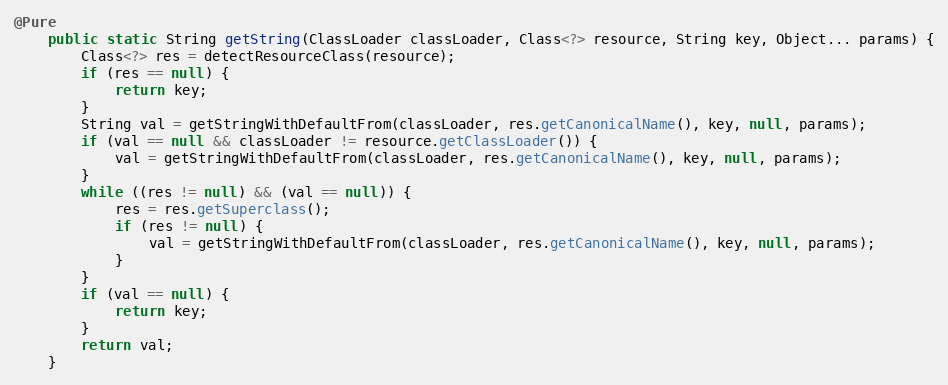
Language: Java
@Pure
	public static String getString(ClassLoader classLoader, Class<?> resource, String key, Object... params) {
		Class<?> res = detectResourceClass(resource);
		if (res == null) {
			return key;
		}
		String val = getStringWithDefaultFrom(classLoader, res.getCanonicalName(), key, null, params);
		if (val == null && classLoader != resource.getClassLoader()) {
			val = getStringWithDefaultFrom(classLoader, res.getCanonicalName(), key, null, params);
		}
		while ((res != null) && (val == null)) {
			res = res.getSuperclass();
			if (res != null) {
				val = getStringWithDefaultFrom(classLoader, res.getCanonicalName(), key, null, params);
			}
		}
		if (val == null) {
			return key;
		}
		return val;
	}